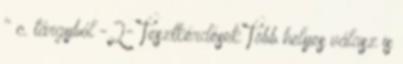
" c. tárgyból -2- Tesztkérdések Több helyes válasz is